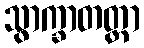
သွာက္ခာတတ္တာ